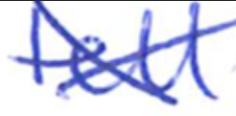
Text: tell
Cross-out: cross
Writing tool: ballpoint